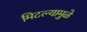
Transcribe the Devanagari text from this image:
मिटल्यामुळे